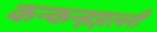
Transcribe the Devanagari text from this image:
कन्कन्हहल्ली